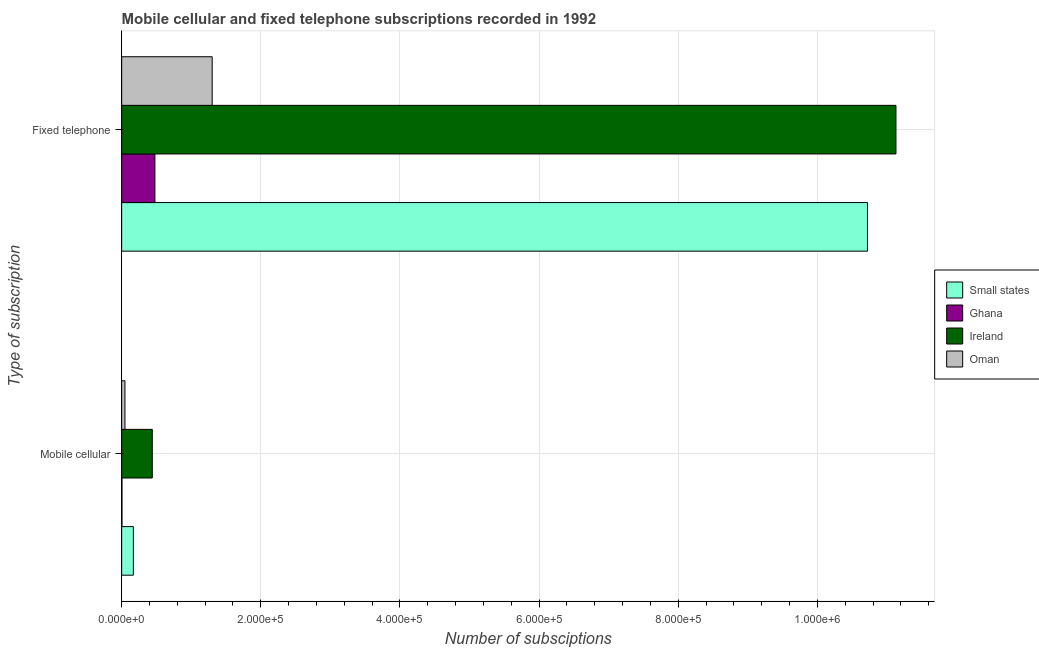
| Type of subscription | Small states | Ghana | Ireland | Oman |
 | --- | --- | --- | --- | --- |
 | Mobile cellular | 1.68e+04 | 400 | 4.4e+04 | 4.72e+03 |
 | Fixed telephone | 1.07e+06 | 4.78e+04 | 1.11e+06 | 1.3e+05 |